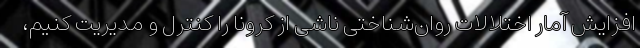
افزایش آمار اختلالات روان‌شناختی ناشی از کرونا را کنترل و مدیریت کنیم،